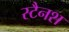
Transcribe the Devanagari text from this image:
स्टैनश